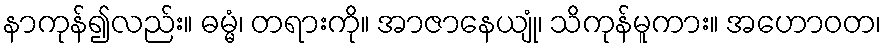
နာကုန်၍လည်း။ ဓမ္မံ၊ တရားကို။ အာဇာနေယျုံ၊ သိကုန်မူကား။ အဟောဝတ၊